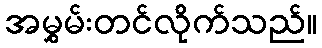
အမွှမ်းတင်လိုက်သည်။